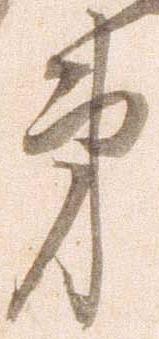
第